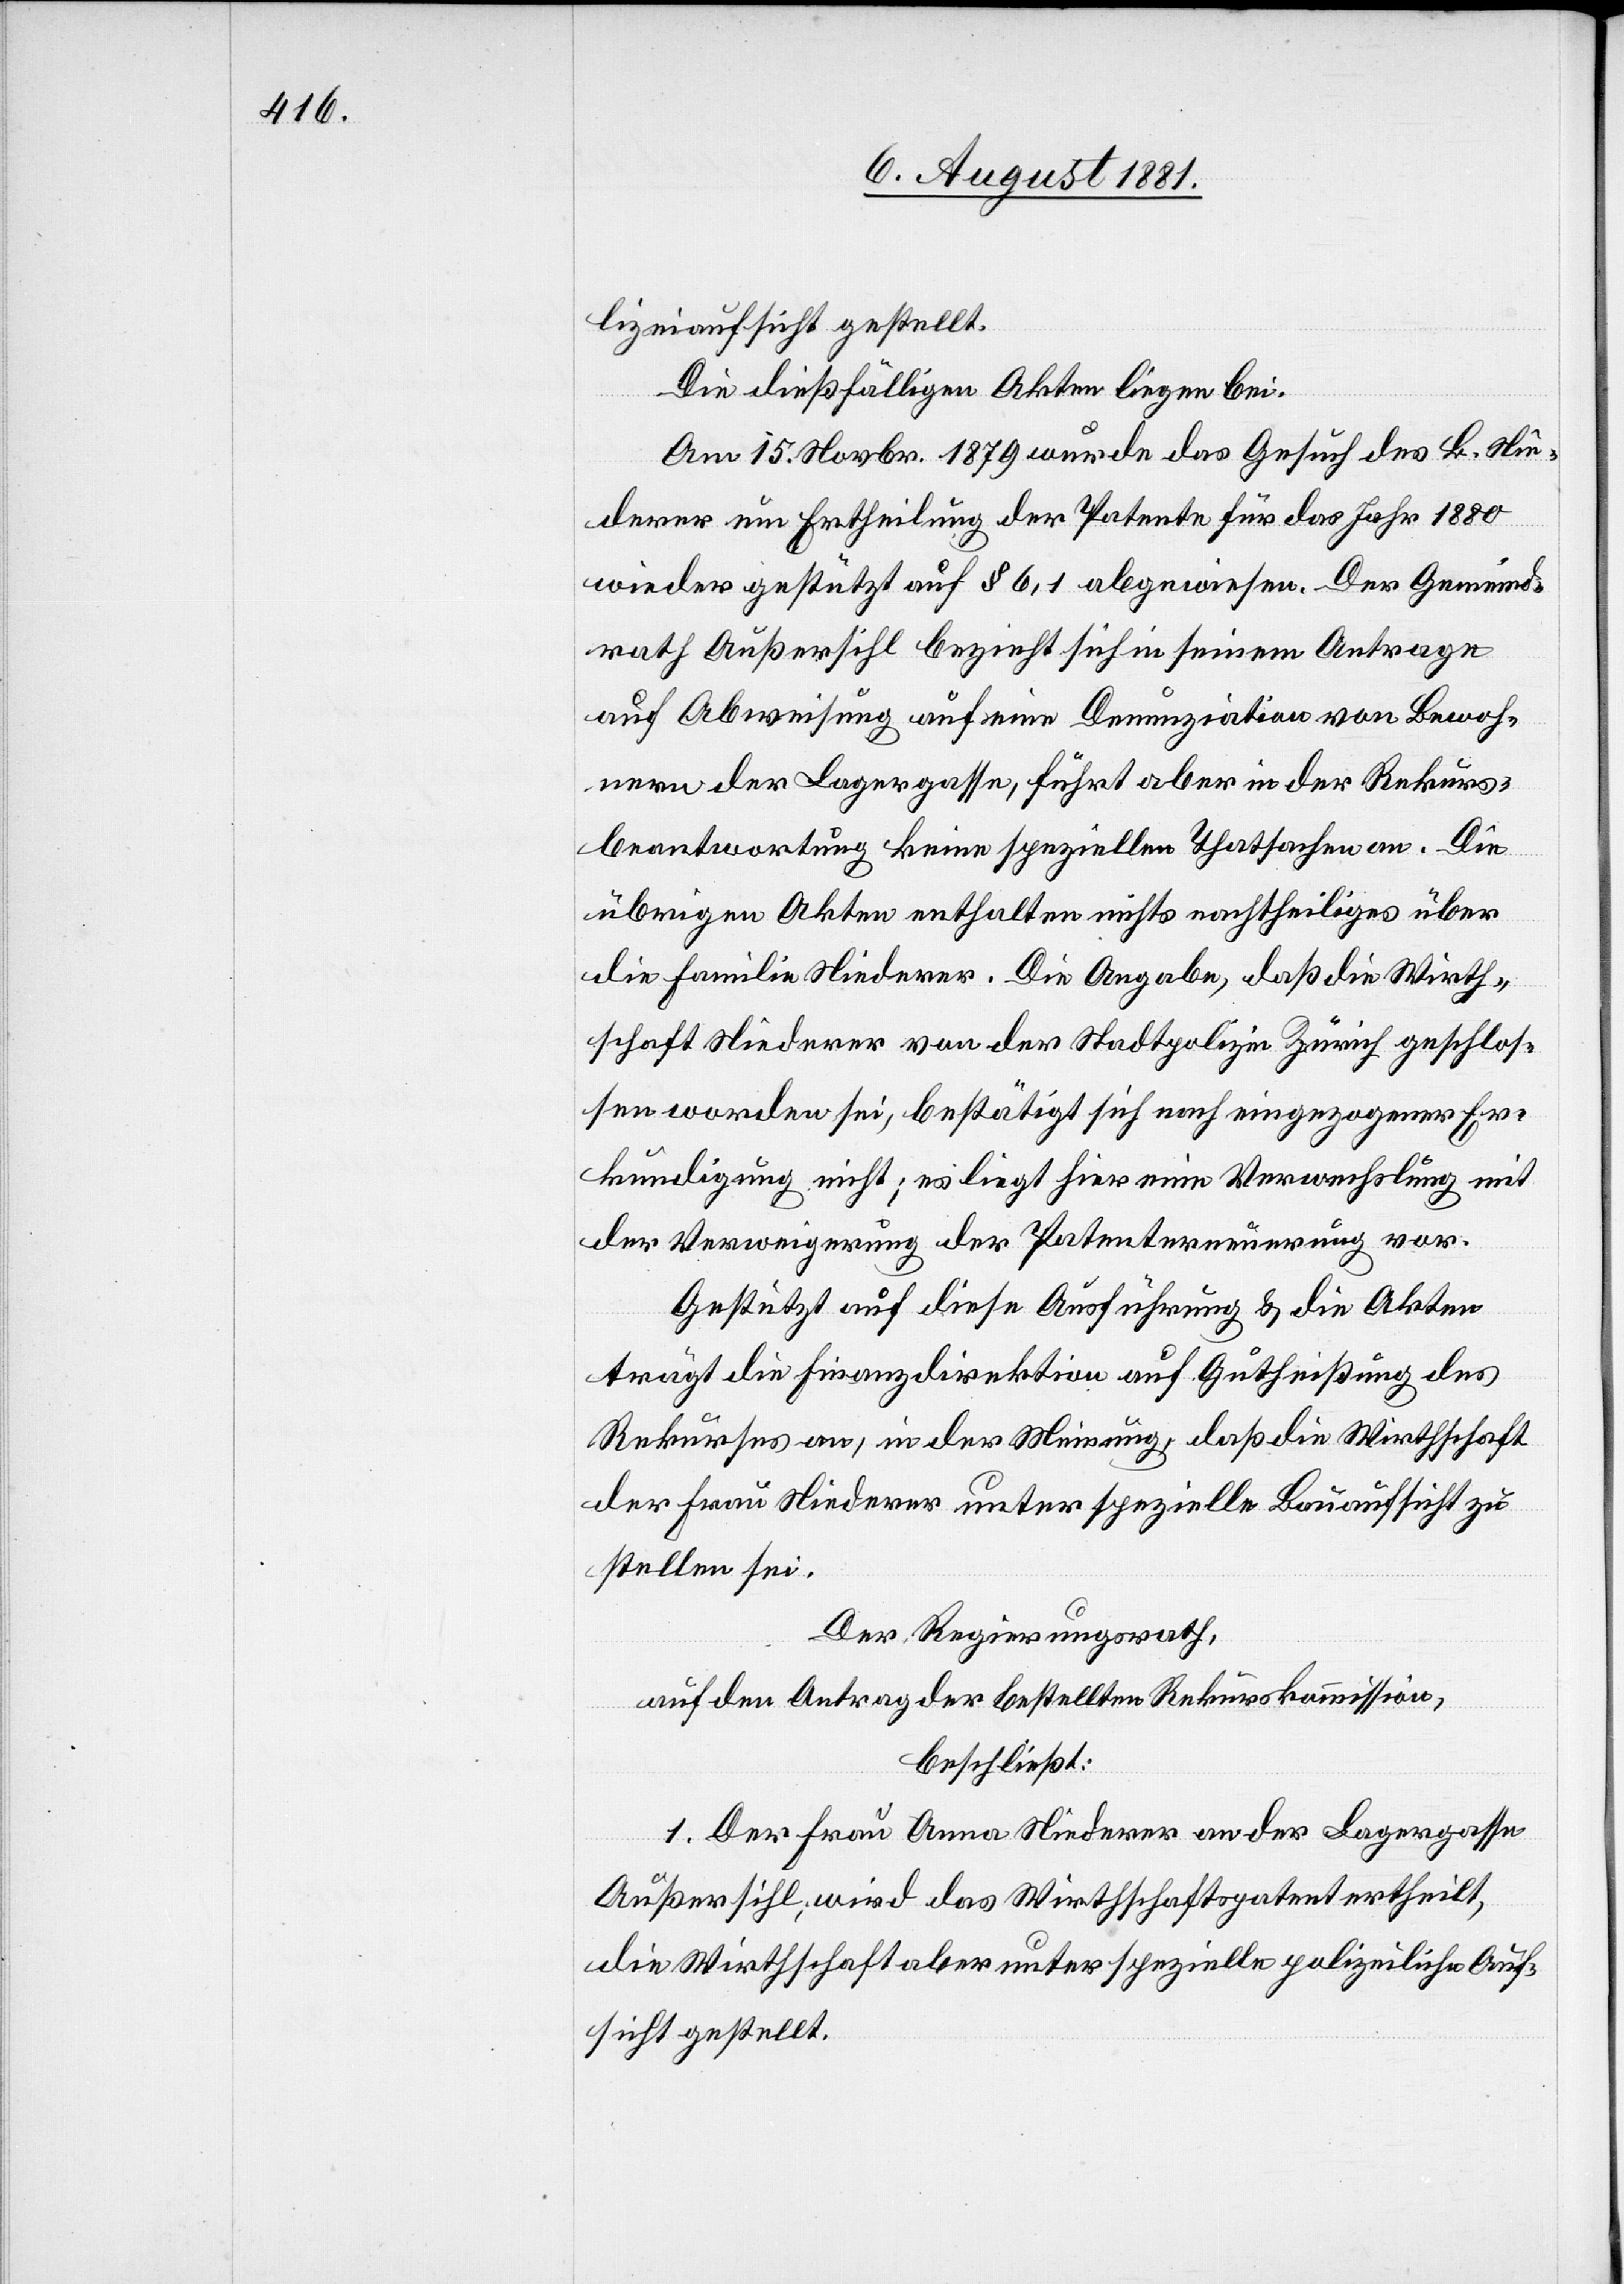
lizeiaufsicht gestellt.
Die dießfälligen Akten liegen bei.
Am 15. Novbr. 1879 wurde das Gesuch des B. Nie¬
derer um Ertheilung der Patente für das Jahr 1880
wieder gestützt auf § 6, 1 abgewiesen. Der Gemeind¬
rath Außersihl bezieht sich in seinem Antrage
auf Abweisung auf eine Denunziation von Bewoh¬
nern der Lagergasse, führt aber in der Rekurs¬
beantwortung keine speziellen Thatsachen an. Die
übrigen Akten enthalten nichts nachtheiliges über
die Familie Niederer. Die Angabe, daß die Wirt¬
schaft Niederer von der Stadtpolizei Zürich geschlos¬
sen worden sei, bestätigt sich nach eingezogener Er¬
kundigung nicht; es liegt hier eine Verwechslung mit
der Verweigerung der Petenterneuerung vor.
Gestützt auf diese Ausführung & die Akten
trägt die Finanzdirektion auf Gutheißung des
Rekurses an, in der Meinung, daß die Wirthschaft
der Frau Niederer unter spezielle Bauaufsicht zu
stellen sei.
Der Regierungsrath,
auf den Antrag der bestellten Rekurskommission,
beschließt:
1. Der Frau Anna Niederer an der Lagergasse
Außersihl, wird das Wirthschaftspatent ertheilt,
die Wirthschaft aber unter spezielle polizeiliche Auf¬
sicht gestellt.